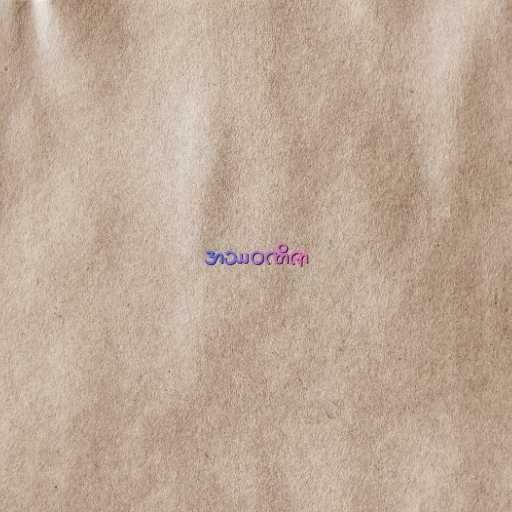
အဿဝဏိဇာ